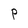
Character: P